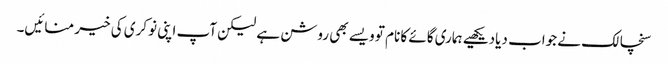
سنچالک نے جواب دیادیکھیے ہماری گائے کا نام تو ویسے بھی روشن ہے لیکن آپ اپنی نوکری کی خیر منائیں۔